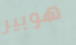
هوبير